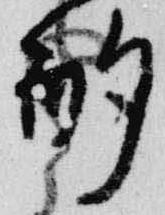
酌